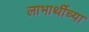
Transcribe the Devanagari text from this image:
लाभार्थीच्या